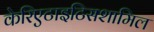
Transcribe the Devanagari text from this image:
केरिएटाइटिसशामिल